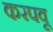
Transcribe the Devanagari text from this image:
करपवू